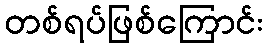
တစ်ရပ်ဖြစ်ကြောင်း